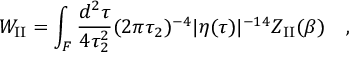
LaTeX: W _ { \mathrm { I I } } = \int _ { \cal F } { \frac { d ^ { 2 } \tau } { 4 \tau _ { 2 } ^ { 2 } } } ( 2 \pi \tau _ { 2 } ) ^ { - 4 } | \eta ( \tau ) | ^ { - 1 4 } Z _ { \mathrm { I I } } ( \beta ) \quad ,